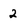
Character: 2